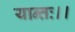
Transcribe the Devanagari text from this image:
यान्तः।।